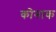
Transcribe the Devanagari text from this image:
कोनाक